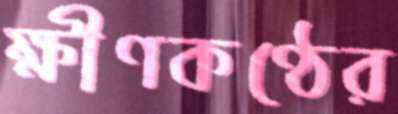
ক্ষীণকণ্ঠের